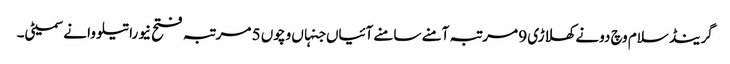
گرینڈ سلام وچ دونے کھلاڑی 9 مرتبہ آمنے سامنے آئیاں جنہاں وچو‏ں 5 مرتبہ فتح نیوراتیلووا نے سمیٹی۔